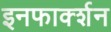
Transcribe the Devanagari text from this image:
इनफार्क्शन